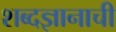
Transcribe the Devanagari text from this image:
शब्दज्ञानाची